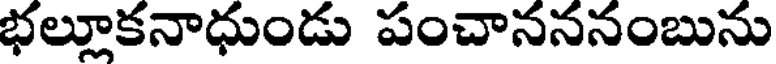
భల్లూకనాధుండు పంచానననంబును